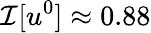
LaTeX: \mathcal I[u^{0}]\approx 0.88